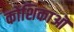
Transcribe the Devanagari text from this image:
कोशिकाऒ